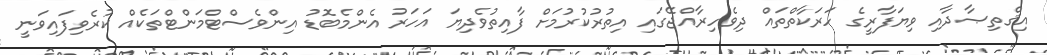
އިޤްތިޞާދާއި ވިޔަފާރީގެ ހަރަކާތްތައް ދިވެހިރާއްޖޭގައި އިތުރުކުރުމަށް ފާއިތުވެދިޔަ އަހަރު އެންމެބޮޑު އިންވެސްޓްމަންޓްތަކެއް ކުރެވިފައިވަނީ